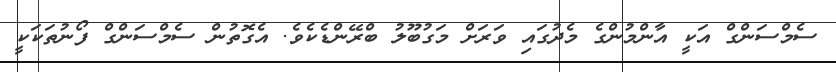
ސެމްސަންގް އަކީ އާންމުންގެ މެދުގައި ވަރަށް މަގުބޫލު ބްރޭންޑެެކެވެ. އެގޮތުން ސެމްސަންގް ފޯނުތަކަކީ